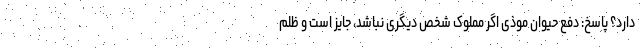
دارد؟ پاسخ: دفع حیوان موذی اگر مملوک شخص دیگری نباشد، جایز است و ظلم